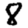
Digit: 8